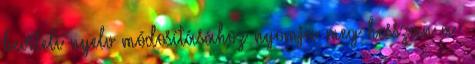
beviteli nyelv módosításához nyomja meg hosszan a